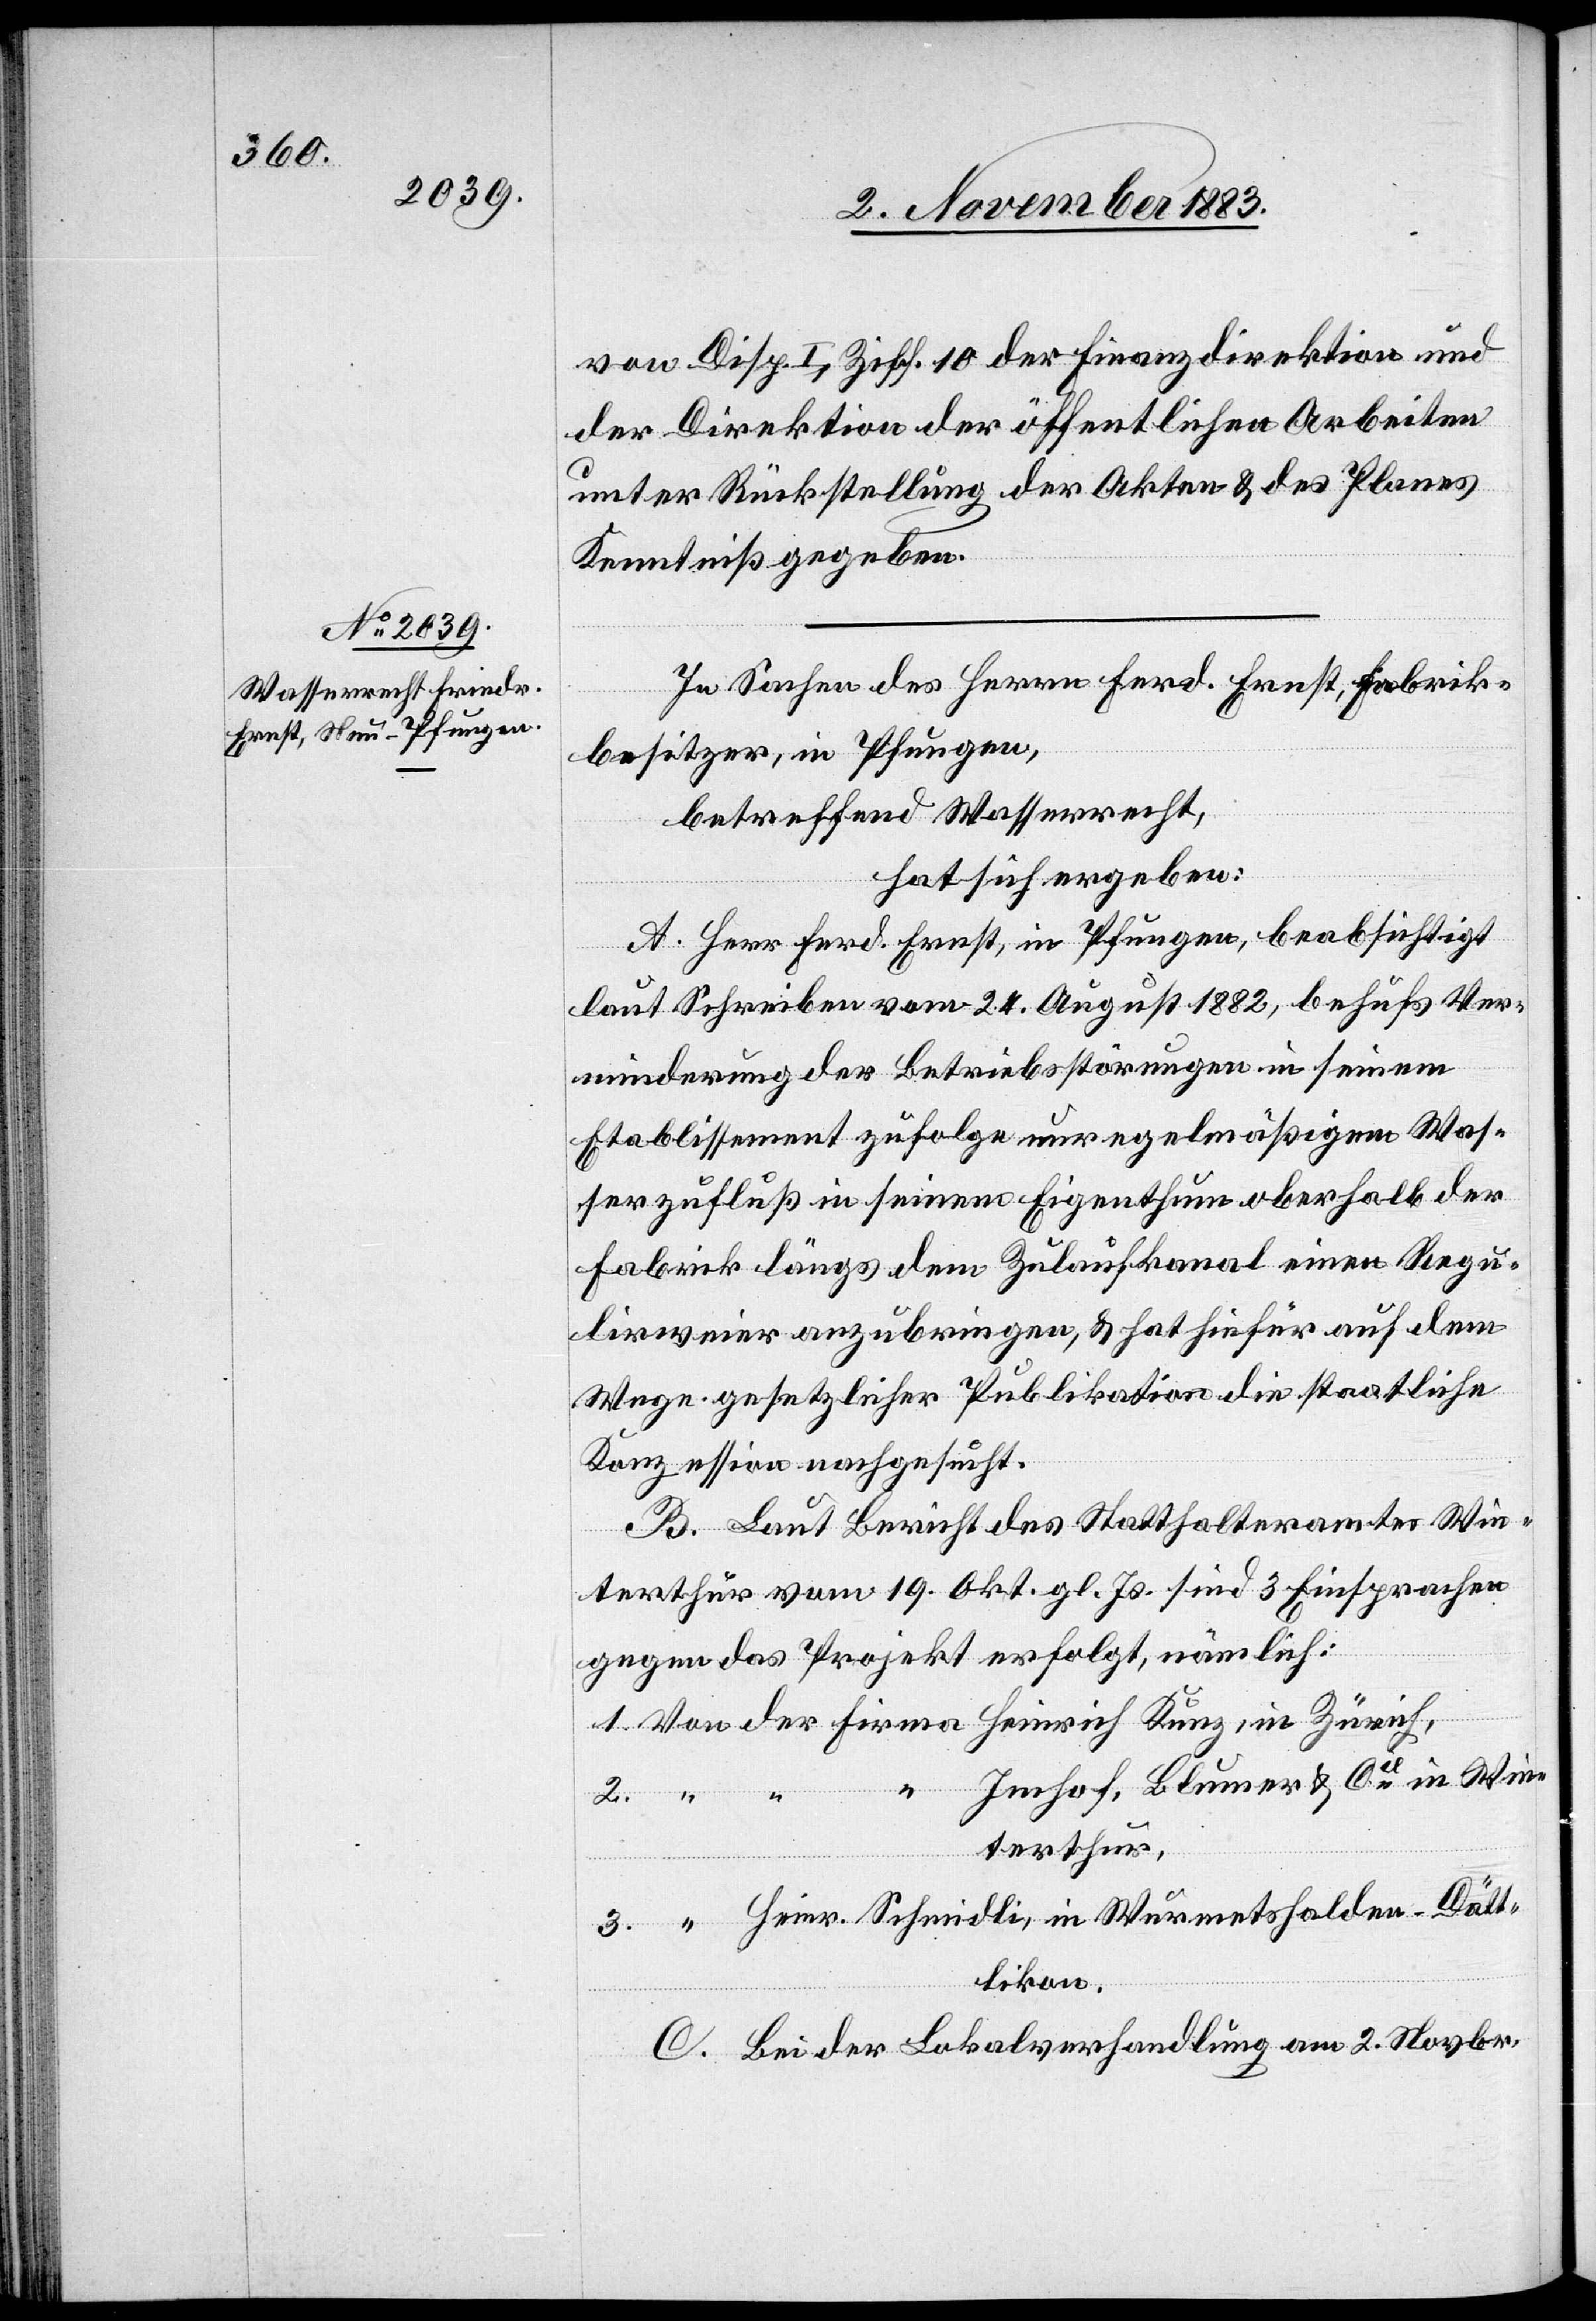
von Disp. I, Ziff. 10 der Finanzdirektion und
der Direktion der öffentlichen Arbeiten
unter Rückstellung der Akten & des Planes
Kenntniß gegeben.
In Sachen des Herrn Ferd. Ernst, Fabrik¬
besitzer, in Pfungen,
betreffend Wasserrecht,
hat sich ergeben:
A. Herr Ferd. Ernst, in Pfungen, beabsichtigt
laut Schreiben vom 24. August 1882, behufs Ver¬
minderung der Betriebsstörungen in seinem
Etablissement zufolge unregelmäßigem Was¬
serzufluß in seinem Eigenthum oberhalb der
Fabrik längs dem Zulaufkanal einen Regu¬
lirweier anzubringen, & hat hiefür auf dem
Wege gesetzlicher Publikation die staatliche
Konzession nachgesucht.
B. Laut Bericht des Statthalteramtes Win¬
terthur vom 19. Okt. gl. Js. sind 3 Einsprachen
gegen das Projekt erfolgt, nämlich:
1. Von der Firma Heinrich Kunz, in Zürich,
“ Imhof, Blumer & Cie in Win¬
terthur,
3. “ Heinr. Schmidli, in Wurmetshalden - Dätt¬
likon.
C. Bei der Lokalverhandlung am 2. Novbr.